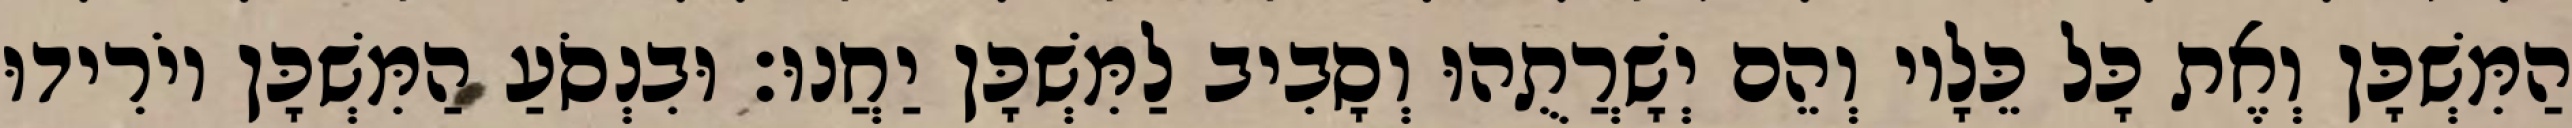
הַמִּשְׁכָּן וְאֶת כָּל כֵּלָיו וְהֵם יְשָׁרֲתֻהוּ וְסָבִיב לַמִּשְׁכָּן יַחֲנוּ׃ וּבִנְסֹעַ הַמִּשְׁכָּן יוֹרִידוּ